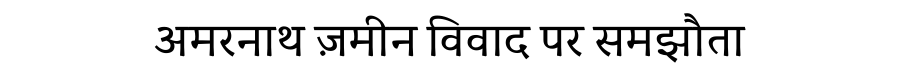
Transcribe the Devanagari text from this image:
अमरनाथ ज़मीन विवाद पर समझौता